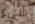
شيء